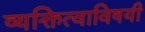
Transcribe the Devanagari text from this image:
व्यक्तित्वाविषयी